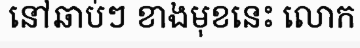
នៅឆាប់ៗ ខាងមុខនេះ លោក